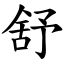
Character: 舒